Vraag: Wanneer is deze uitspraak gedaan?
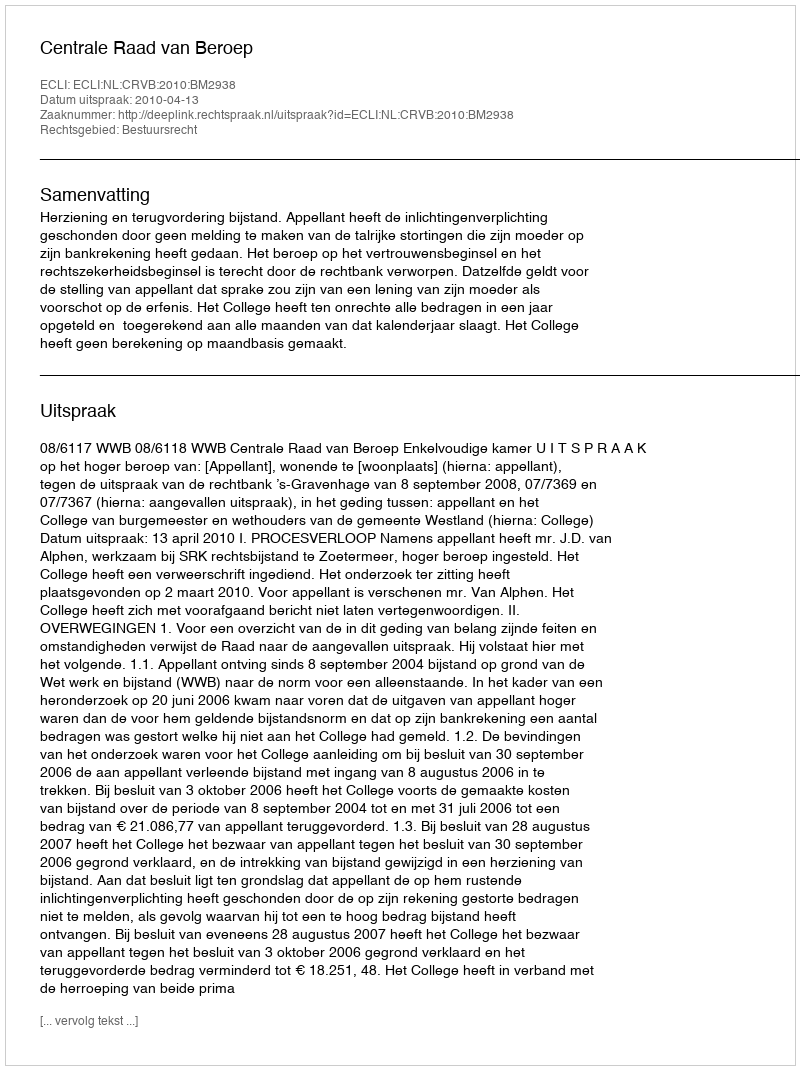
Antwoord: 2010-04-13